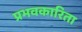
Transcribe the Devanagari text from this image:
प्रभवकारिता